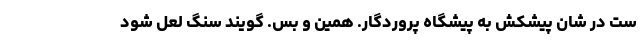
‌ست در شان پیشکش به پیشگاه پروردگار. همین و بس. گویند سنگ لعل شود